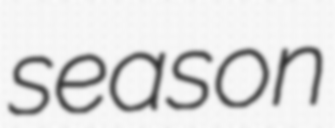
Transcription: season